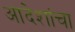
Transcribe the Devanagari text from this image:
आदेशांचा